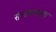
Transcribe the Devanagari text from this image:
संभाषणाला